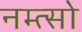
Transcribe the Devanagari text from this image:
नम्त्सो